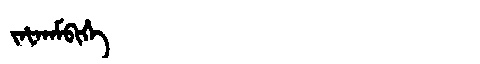
Manchu: ᠵᠠᡶᠠᠨᠠᠮᠪᡳᡥᡝ
Romanization: JAFANAMBIHE